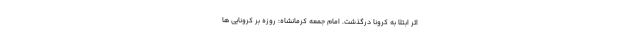
اثر ابتلا به کرونا درگذشت. امام جمعه کرمانشاه: روزه بر کرونایی‌ ها